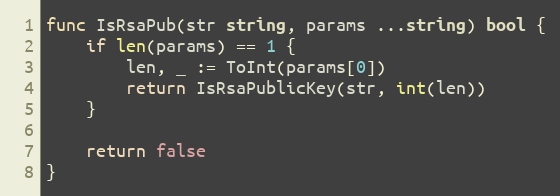
Language: Go
func IsRsaPub(str string, params ...string) bool {
	if len(params) == 1 {
		len, _ := ToInt(params[0])
		return IsRsaPublicKey(str, int(len))
	}

	return false
}